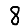
Digit: 8